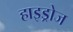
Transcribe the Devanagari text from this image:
हाइड्रोज